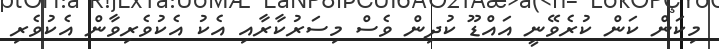
މިކަން ކަން ކުރެވޭނީ އައްޑޫ ކުދިން ވެސް މިސަރުކާރާއި އެކު އެކުވެރިވާން އެކުވެރި